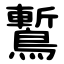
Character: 䳻